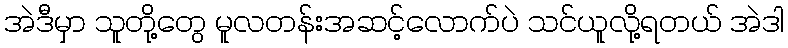
အဲဒီမှာ သူတို့တွေ မူလတန်းအဆင့်လောက်ပဲ သင်ယူလို့ရတယ် အဲဒါ